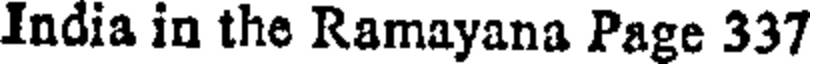
India in the Ramayana Page 337